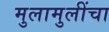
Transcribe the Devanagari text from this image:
मुलामुलींचा